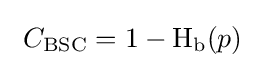
\ C_{\text{BSC}}=1-\operatorname {H} _{\text{b}}(p)